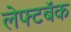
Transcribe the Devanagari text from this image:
लेफ्टबॅक